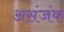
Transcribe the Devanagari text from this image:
असंजंक